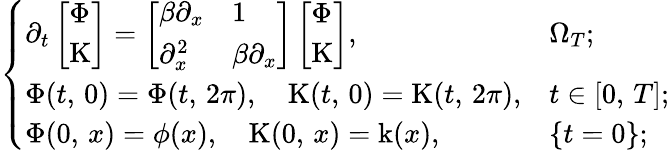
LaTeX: \left\{ \begin{array}{ll}{\partial_{t}\left[\begin{array}{l}{\Phi}\\ {\mathrm{K}}\end{array}\right]=\left[\begin{array}{ll}{\beta\partial_{x}}&{1}\\ {\partial_{x}^{2}}&{\beta\partial_{x}}\end{array}\right]\left[\begin{array}{l}{\Phi}\\ {\mathrm{K}}\end{array}\right],}&{\Omega_{T};}\\ {\Phi(t,\, 0)=\Phi(t,\, 2\pi),\quad\mathrm{K}(t,\, 0)=\mathrm{K}(t,\, 2\pi),}&{t\in[0,\, T];}\\ {\Phi(0,\, x)=\phi(x),\quad\mathrm{K}(0,\, x)=\mathrm{k}(x),}&{\{ t=0\} ;}\end{array}\right.